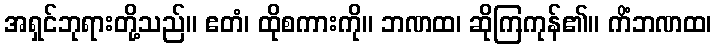
အရှင်ဘုရားတို့သည်။ ဧတံ၊ ထိုစကားကို။ ဘဏထ၊ ဆိုကြကုန်၏။ ကိံဘဏထ၊